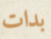
بدات